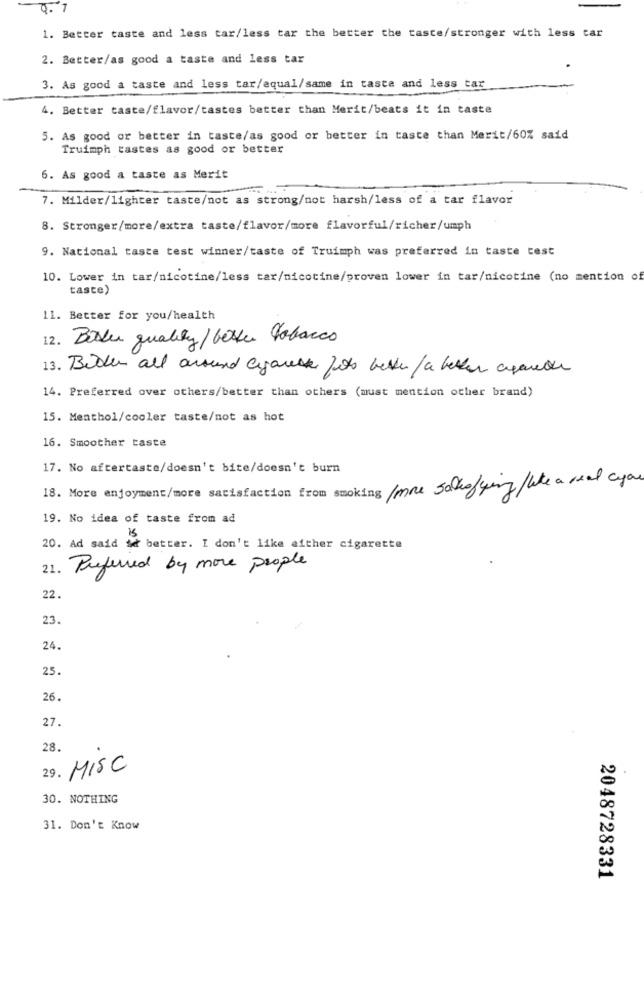
0.7
1. Better taste and less tar/less tar the better the taste/stronger with less tar
2. Better/as good a taste and less tar
3. As good a taste and less tar/aqual/same in taste and less tar
4. Better taste/flavor/tastes better than Merit/beats it in taste
5. As good or better in taste/as good or better in taste than Merit/60% said
Truimph tastes as good or better
6. As good a taste as Merit
7. Milder/lighter taste/not as strong/not harsh/less of a tar flavor
8. Stronger/more/extra taste/flavor/more flavorful/richer/umph
9. National taste test winner/taste of Truimph was preferred in taste test
10. Lower in tar/nicotine/less tar/nicotine/proven lower in tar/nicotine (no mention of
taste)
11. Better for you/health
12. Dider quality/ better Tobacco
13. Bilder all around cigarette fits beth / a better against
14. Preferred over others/better than others (must mention other brand)
15. Menthol/cooler taste/not as hot
16. Smoother taste
17. No aftertaste/doesn't bite/doesn't burn
18. More enjoyment/more satisfaction from smoking /more saltofying like a real cyone
19. No idea of taste from ad
20. Ad said it better. I don't like either cigarette
21. Preferred by more people
22.
23.
24.
25.
26.
27.
28.
29. MISC
30. NOTHING
31. Don't Know
2048728331